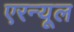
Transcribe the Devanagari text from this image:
एरन्‍यूल